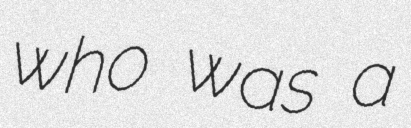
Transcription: who was a